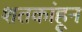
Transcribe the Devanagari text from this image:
शतकांहून